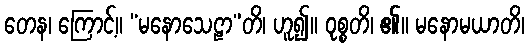
တေန၊ ကြောင့်။ “မနောသေဠာ”တိ၊ ဟူ၍။ ဝုစ္စတိ၊ ၏။ မနောမယာတိ၊